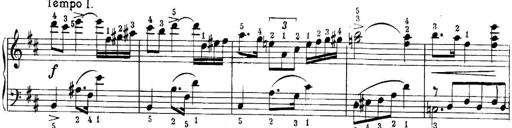
Title: Quatres sonatines
Composer: Tadeusz Joteyko